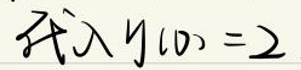
$x ^ { \prime } + y ( 0 ) = 2$